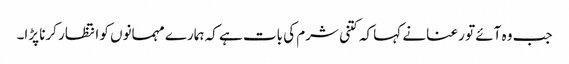
جب وہ آئے تو رعنا نے کہا کہ کتنی شرم کی بات ہے کہ ہمارے مہمانوں کو انتظار کرنا پڑا۔